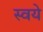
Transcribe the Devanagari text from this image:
स्वये